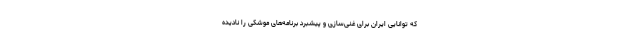
که توانایی ایران برای غنی‌سازی و پیشبرد برنامه‌های موشکی را نادیده